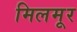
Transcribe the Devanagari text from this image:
मिलमूर